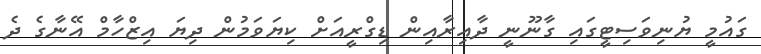
ގައުމީ ޔުނިވަސިޓީގައި ގާނޫނީ ދާއިރާއިން ޑިގްރީއަށް ކިޔަވަމުން ދިޔަ އިޒްހާމް އޭނާގެ ދެ